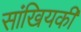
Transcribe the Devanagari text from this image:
सांखियकी